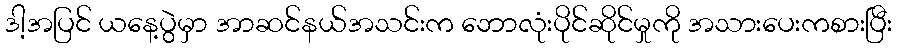
ဒါ့အပြင် ယနေ့ပွဲမှာ အာဆင်နယ်အသင်းက ဘောလုံးပိုင်ဆိုင်မှုကို အသားပေးကစားပြီး